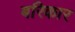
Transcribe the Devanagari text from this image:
बरिकार